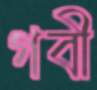
গবী